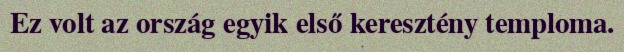
Ez volt az ország egyik első keresztény temploma.